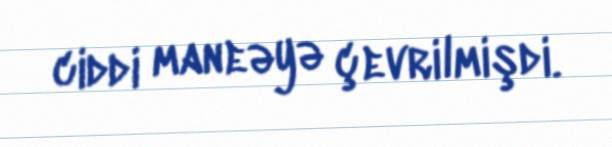
ciddi maneəyə çevrilmişdi.